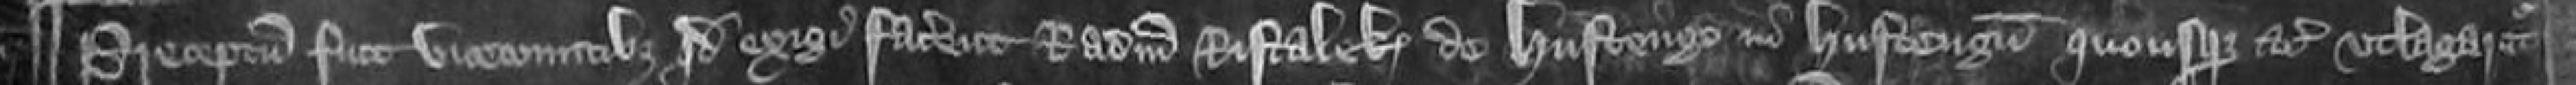
¶ Preceptum fuit vicecomitibus quod exigi facerent Radulphum Ristalek de Hustengo in Hustengum quousque etc utlagaretur